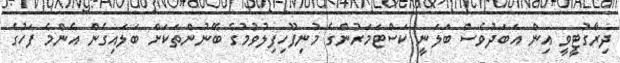
ދިރާގުޓީވީ އިން އަބަދުވެސް ބަލަނީ ކަސްޓަމަރުންގެ މުނިފޫހިފިލުވުމުގެ ބޭނުންތަކަށް ބަލައިގެން އެންމެ ފަހުގެ